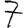
Digit: 7